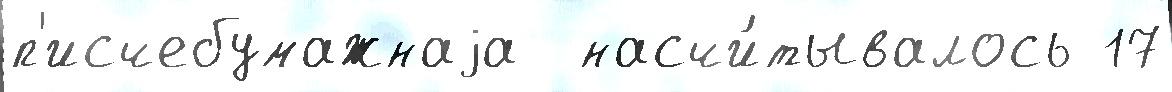
п'исчебумажнаjа  насчи́тывалось 17